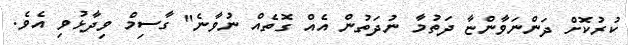
ކުރުކޮށް ދަންނަވާންޏާ ދަތުމާ ނުދަތުން އެއް ގޮތެއް ނުވާނެ" ގާސިމް ވިދާޅުވި އެވެ.